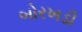
બોરખડી